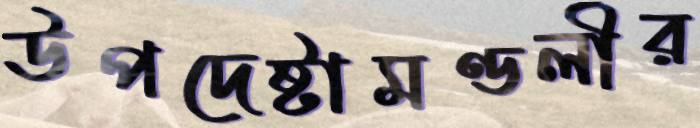
উপদেষ্টামণ্ডলীর